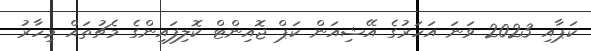
ކަޕާއި 2023 ވަނަ އަހަރުގެ އޭޝިއަން ކަޕް ޖޮއިންޓް ކޮލިފައިންގެ މެޗުތައް މިހާރު